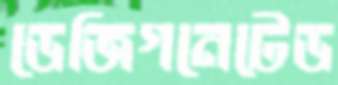
ডেজিগনেটেড